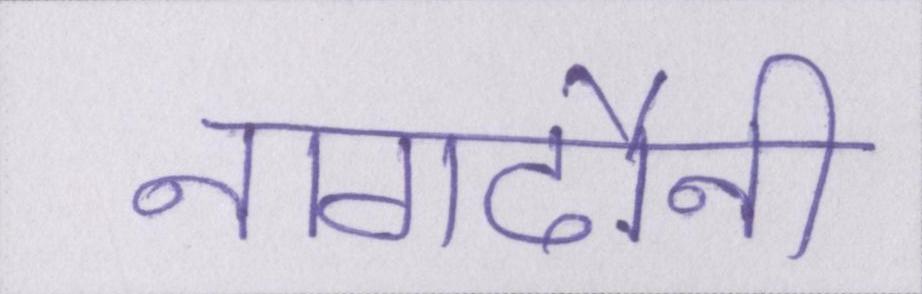
नागदौनी